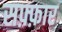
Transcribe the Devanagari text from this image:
सफ़्फ़ार